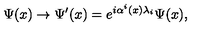
\Psi ( x ) \rightarrow \Psi ^ { \prime } ( x ) = e ^ { i \alpha ^ { i } ( x ) \lambda _ { i } } \Psi ( x ) ,